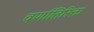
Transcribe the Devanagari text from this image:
वर्णातिरिक्त